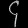
Digit: ၄